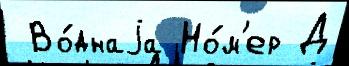
 Во́днаjа Но́м'ер Д